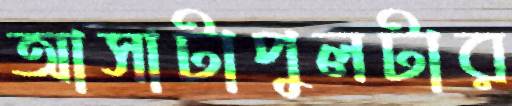
আসাটাপুলটার